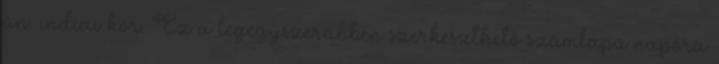
ún. indiai kör. Ez a legegyszerűbben szerkeszthető számlapú napóra